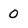
Character: 0